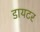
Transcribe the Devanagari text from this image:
डायटर